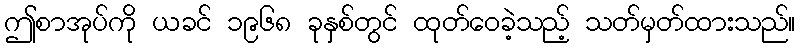
ဤစာအုပ်ကို ယခင် ၁၉၆၈ ခုနှစ်တွင် ထုတ်ဝေခဲ့သည့် သတ်မှတ်ထားသည်။